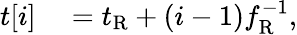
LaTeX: \begin{array}{rl}{t[i]}&{{}=t_{\mathrm{R}}+(i-1)f_{\mathrm{R}}^{-1},}\end{array}